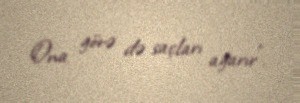
Ona görə də saçları ağarır”.